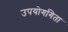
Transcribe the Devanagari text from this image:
उपयोगगिता